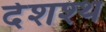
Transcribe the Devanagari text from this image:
देशश्थ